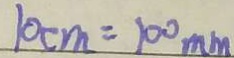
1 0 c m = 1 0 0 m m